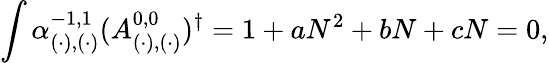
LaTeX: \int\alpha_{(\cdot),(\cdot)}^{-1,1}(A_{(\cdot),(\cdot)}^{0,0})^{\dagger}=1+aN^{2}+bN+cN=0,